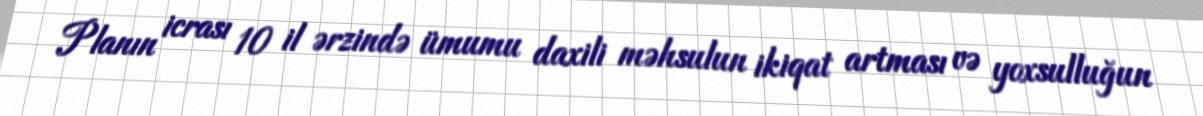
Planın icrası 10 il ərzində ümumu daxili məhsulun ikiqat artması və yoxsulluğun